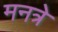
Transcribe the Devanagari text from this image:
मनत्रे